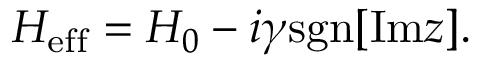
\begin{array} { r } { H _ { \mathrm { e f f } } = H _ { 0 } - i \gamma \mathrm { s g n } [ \mathrm { I m } z ] . } \end{array}